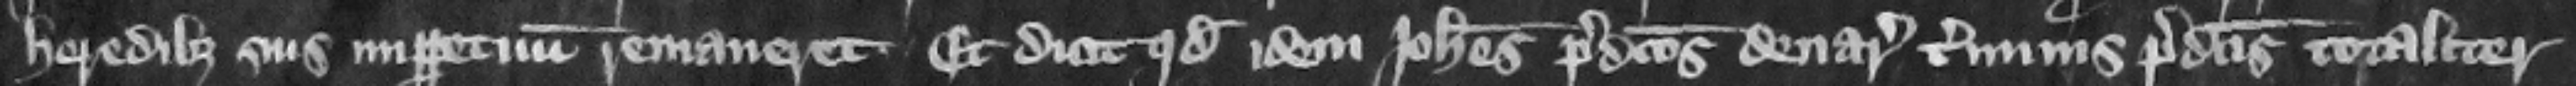
heredibus suis imperpetuum remaneret. Et dicit quod idem Iohannes predictos denarios terminis predictis totaliter